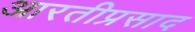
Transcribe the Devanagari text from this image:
आरतीप्रसाद